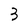
Character: 3